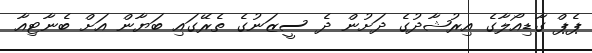
ޕެޕް ގާޑިއޯލާގެ އިރުޝާދުގެ ދަށުން ދެ ސީޒަނުގެ ތެރޭގައި ބަޔާން އަށް ބެނާޓިއާ